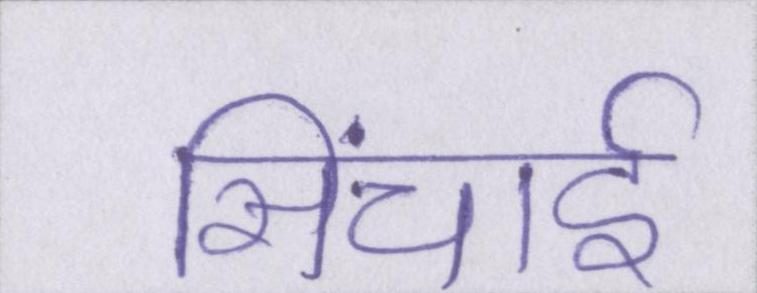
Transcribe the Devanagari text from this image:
सिंचाई